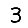
Digit: 3